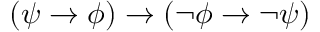
( \psi \to \phi ) \to ( \neg \phi \to \neg \psi )